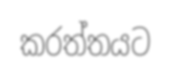
කරත්තයට